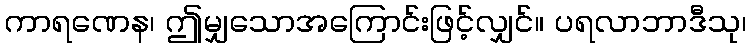
ကာရဏေန၊ ဤမျှသောအကြောင်းဖြင့်လျှင်။ ပရလာဘာဒီသု၊